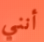
أنني